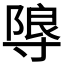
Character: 𭔼